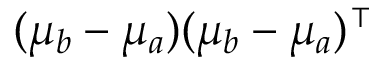
( \boldsymbol { \mu _ { b } - \mu _ { a } } ) ( \boldsymbol { \mu _ { b } - \mu _ { a } } ) ^ { \intercal }